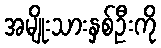
အမျိုးသားနှစ်ဦးကို